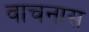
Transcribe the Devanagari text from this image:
वाचनास